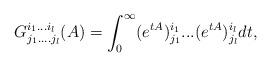
LaTeX: \begin{align*}G^{i_1...i_l}_{j_1....j_l}(A)=\int_0^\infty (e^{tA})^{i_1}_{j_1}...(e^{tA})^{i_l}_{j_l}dt,\end{align*}